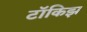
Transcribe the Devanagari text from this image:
टॉकिझ